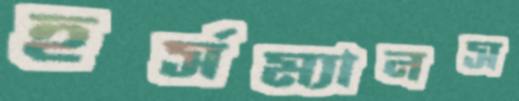
হর্সম্যানস